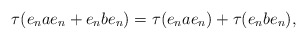
\begin{align*}\tau(e_nae_n + e_nbe_n)=\tau(e_nae_n)+\tau(e_n b e_n),\end{align*}